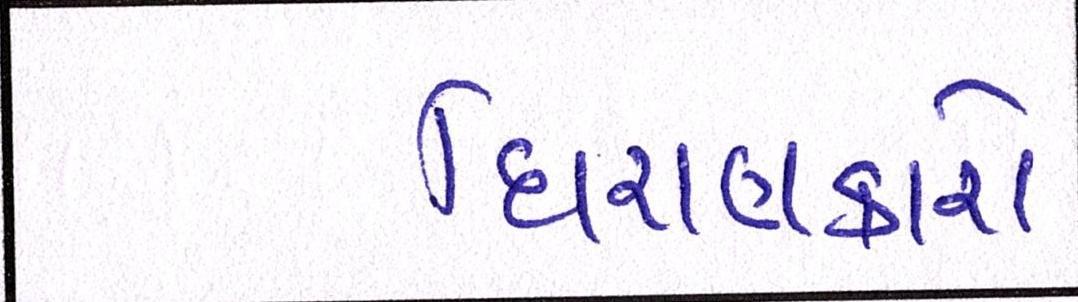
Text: ધિરાણકારો